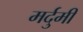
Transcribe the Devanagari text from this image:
मर्दुमी